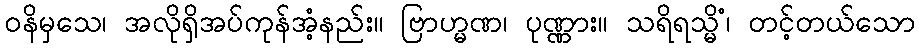
ဝနိမှသေ၊ အလိုရှိအပ်ကုန်အံ့နည်း။ ဗြာဟ္မဏ၊ ပုဏ္ဏား။ သရိရသ္မိံ၊ တင့်တယ်သော